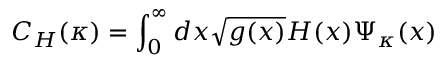
C _ { H } ( \kappa ) = \int _ { 0 } ^ { \infty } d x \sqrt { g ( x ) } H ( x ) \Psi _ { \kappa } ( x )